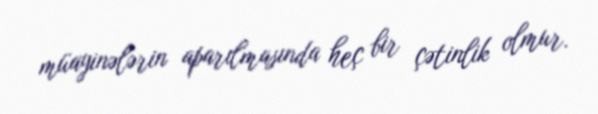
müayinələrin aparılmasında heç bir çətinlik olmur.